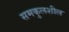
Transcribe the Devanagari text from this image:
समकुलशील